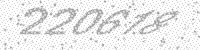
Solution: 220618